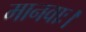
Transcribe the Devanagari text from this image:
मानवाः।